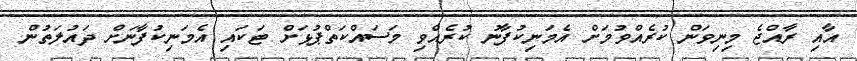
އާއި ރާއްޖެ މިނިވަން ކުރެއްވުމަށް އެމަނިކުފާނު ކުރެއްވި މަސައްކަތްޕުޅަށް ޓަކައި އެމަނިކުފާނަށް ދައުލަތުން